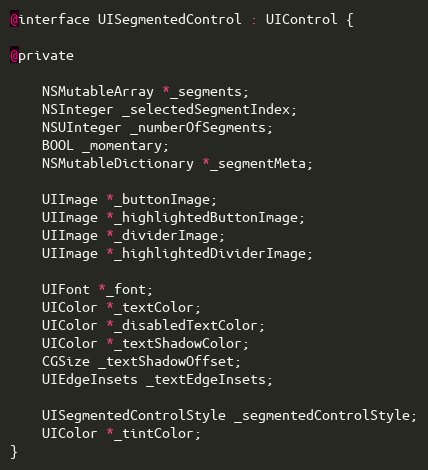
Language: C
@interface UISegmentedControl : UIControl {

@private

    NSMutableArray *_segments;
    NSInteger _selectedSegmentIndex;
    NSUInteger _numberOfSegments;
    BOOL _momentary;
    NSMutableDictionary *_segmentMeta;

    UIImage *_buttonImage;
    UIImage *_highlightedButtonImage;
    UIImage *_dividerImage;
    UIImage *_highlightedDividerImage;

    UIFont *_font;
    UIColor *_textColor;
    UIColor *_disabledTextColor;
    UIColor *_textShadowColor;
    CGSize _textShadowOffset;
    UIEdgeInsets _textEdgeInsets;

    UISegmentedControlStyle _segmentedControlStyle;
    UIColor *_tintColor;
}